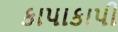
કાપાકાપી